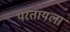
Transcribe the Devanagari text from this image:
परतायला